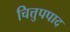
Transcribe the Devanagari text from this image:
चित्तुपपाद